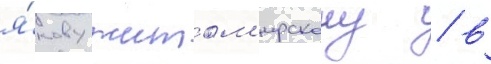
я́кову житом'ирскому / в